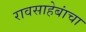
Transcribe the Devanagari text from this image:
रावसाहेबांचा